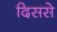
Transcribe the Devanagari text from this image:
दिससे